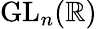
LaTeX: \mathrm{GL}_{n}(\mathbb{R})